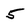
Character: 5